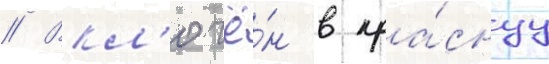
// Вкл'ючё́н в кра́снуу